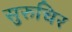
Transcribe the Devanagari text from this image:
सुरुचिर